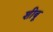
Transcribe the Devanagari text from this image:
शीबू